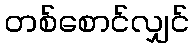
တစ်စောင်လျှင်